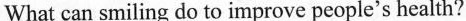
What can smiling do to improve people's health?